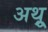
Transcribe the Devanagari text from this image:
अथ़्रू